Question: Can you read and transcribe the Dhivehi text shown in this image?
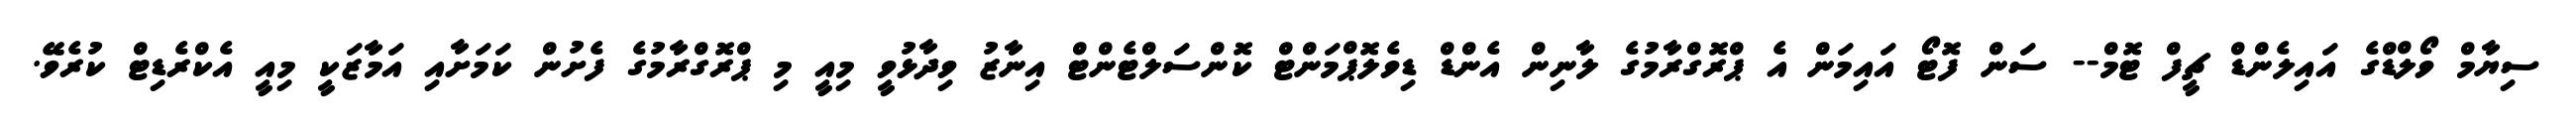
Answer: ސިޔާމް ވޯލްޑްގެ އައިލެންޑް ޗީފް ޓޮމް-- ސަން ފޮޓޯ އައިމަން އެ ޕްރޮގްރާމުގެ ލާނިން އެންޑް ޑިވެލޮޕްމަންޓް ކޮންސަލްޓެންޓް އިނާޒު ވިދާޅުވީ މިއީ މި ޕްރޮގްރާމުގެ ފެށުން ކަމަށާއި އަމާޒަކީ މިއީ އެކްރެޑިޓް ކުރެވޭ.